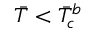
\Bar { T } < \Bar { T } _ { c } ^ { b }